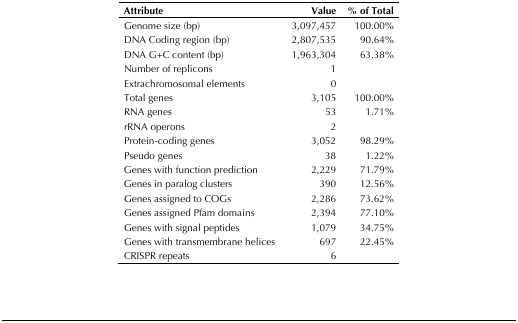
<table><thead><tr><td><b>Attribute</b></td><td><b>Value</b></td><td><b>% of Total</b></td></tr></thead><tbody><tr><td>Genome size (bp)</td><td>3,097,457</td><td>100.00%</td></tr><tr><td>DNA Coding region (bp)</td><td>2,807,535</td><td>90.64%</td></tr><tr><td>DNA G+C content (bp)</td><td>1,963,304</td><td>63.38%</td></tr><tr><td>Number of replicons</td><td>1</td><td></td></tr><tr><td>Extrachromosomal elements</td><td>0</td><td></td></tr><tr><td>Total genes</td><td>3,105</td><td>100.00%</td></tr><tr><td>RNA genes</td><td>53</td><td>1.71%</td></tr><tr><td>rRNA operons</td><td>2</td><td></td></tr><tr><td>Protein-coding genes</td><td>3,052</td><td>98.29%</td></tr><tr><td>Pseudo genes</td><td>38</td><td>1.22%</td></tr><tr><td>Genes with function prediction</td><td>2,229</td><td>71.79%</td></tr><tr><td>Genes in paralog clusters</td><td>390</td><td>12.56%</td></tr><tr><td>Genes assigned to COGs</td><td>2,286</td><td>73.62%</td></tr><tr><td>Genes assigned Pfam domains</td><td>2,394</td><td>77.10%</td></tr><tr><td>Genes with signal peptides</td><td>1,079</td><td>34.75%</td></tr><tr><td>Genes with transmembrane helices</td><td>697</td><td>22.45%</td></tr><tr><td>CRISPR repeats</td><td>6</td><td></td></tr></tbody></table>